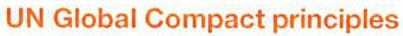
UN Global Compact principles